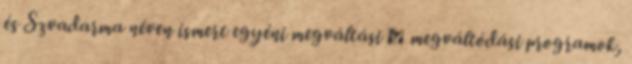
és Szvadarma néven ismert egyéni megváltási � megváltódási programok,